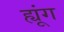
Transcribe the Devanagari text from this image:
ह्यूंग